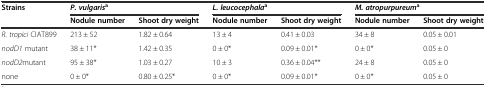
| <ROWSPAN=2> Strains | <COLSPAN=2> P. vulgarisa | <COLSPAN=2> L. leucocephalaa | <COLSPAN=2> M. atropurpureuma |
 | Nodule number | Shoot dry weight | Nodule number | Shoot dry weight | Nodule number | Shoot dry weight |
 | --- | --- | --- | --- | --- | --- | --- |
 | R. tropici CIAT899 | 213 ± 52 | 1.82 ± 0.64 | 13 ± 4 | 0.41 ± 0.03 | 34 ± 8 | 0.05 ± 0.01 |
 | nodD1 mutant | 38 ± 11* | 1.42 ± 0.35 | 0 ± 0* | 0.09 ± 0.01* | 0 ± 0* | 0.05 ± 0 |
 | nodD2mutant | 95 ± 38* | 1.03 ± 0.27 | 10 ± 3 | 0.36 ± 0.04** | 24 ± 8 | 0.05 ± 0 |
 | none | 0 ± 0* | 0.80 ± 0.25* | 0 ± 0* | 0.09 ± 0.01* | 0 ± 0* | 0.05 ± 0 |